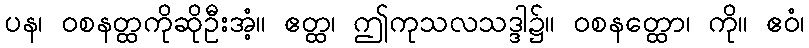
ပန၊ ဝစနတ္ထကိုဆိုဦးအံ့။ ဧတ္ထ၊ ဤကုသလသဒ္ဒါ၌။ ဝစနတ္ထော၊ ကို။ ဧဝံ၊